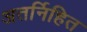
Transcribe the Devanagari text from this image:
अतर्निहित